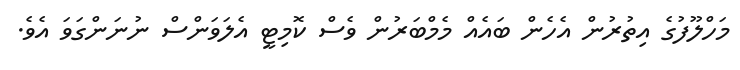
މަހްލޫފުގެ އިތުރުން އެހެން ބައެއް މެމްބަރުން ވެސް ކޮމިޓީ އެލަވަންސް ނުނަންގަވަ އެވެ.